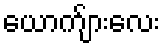
ယောက်ျားလေး